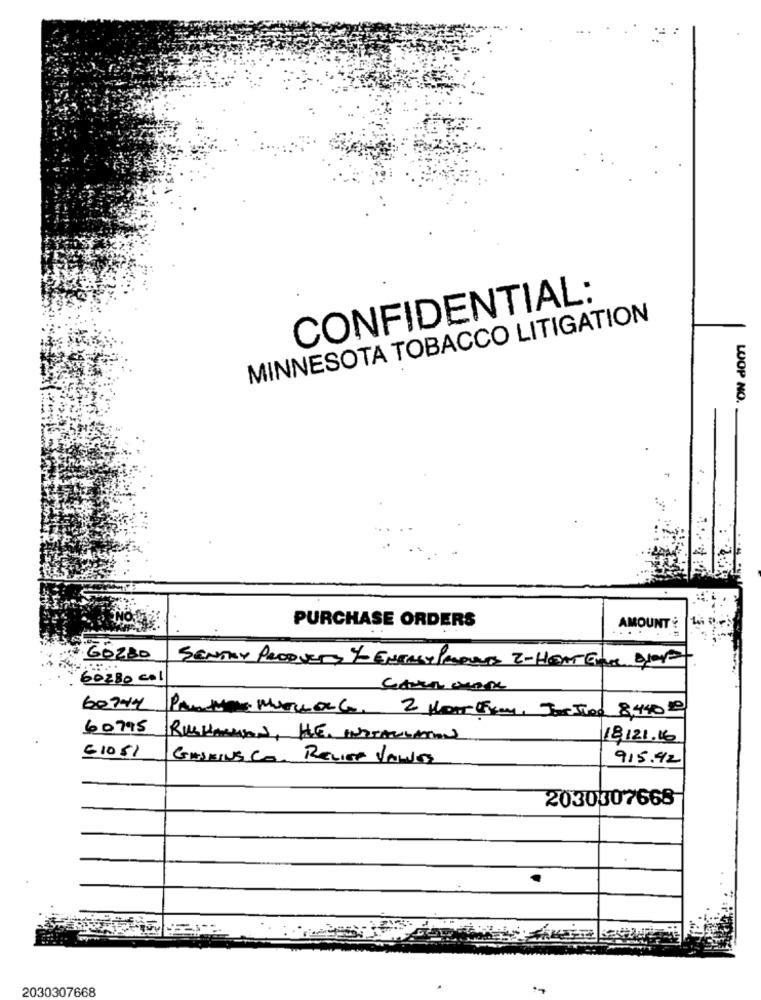
CONFIDENTIAL:
MINNESOTA TOBACCO LITIGATION
LOOP NO.
PURCHASE ORDERS
AMOUNT ?
GÖZBO
SENTAY PROOVETS % ENTREY PRODUCTS T-HEAT ENEL BLOD
60280 col
60744
PANHAY MUCHOLG, 2 Hor FROM, TorTion 8,440 £
60795
RICHARMON, HE, INSTALLATION
18121.16
61051
GASKINS C RELISH VALES
915.42
2030307668
2030307668